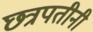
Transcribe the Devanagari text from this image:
छत्रपतीनी